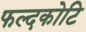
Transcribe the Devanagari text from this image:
फल्दकोटि